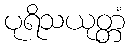
ပုရိသယုတ္တံ